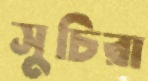
সুচিরা